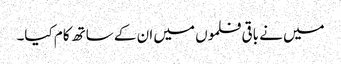
میں نے باقی فلموں میں ان کے ساتھ کام کیا۔